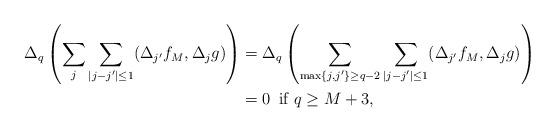
LaTeX: \begin{align*}\Delta_q\left( \sum_j \sum_{\vert j-j'\vert \le 1} (\Delta_{j'} f_M, \Delta_j g) \right)&= \Delta_q \left(\sum_{\max\{j,j'\} \ge q-2 } \sum_{\vert j-j' \vert \le 1} (\Delta_{j'} f_M, \Delta_j g)\right)\\&=0 \enskip \mbox{if $q \geq M+3$},\end{align*}